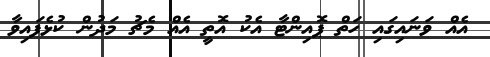
އެއް ވަނައިގައި ހަތް ޕޮއިންޓާ އެކު އޮތީ އެއް މެޗު މަދުން ކުޅެފައިވާ